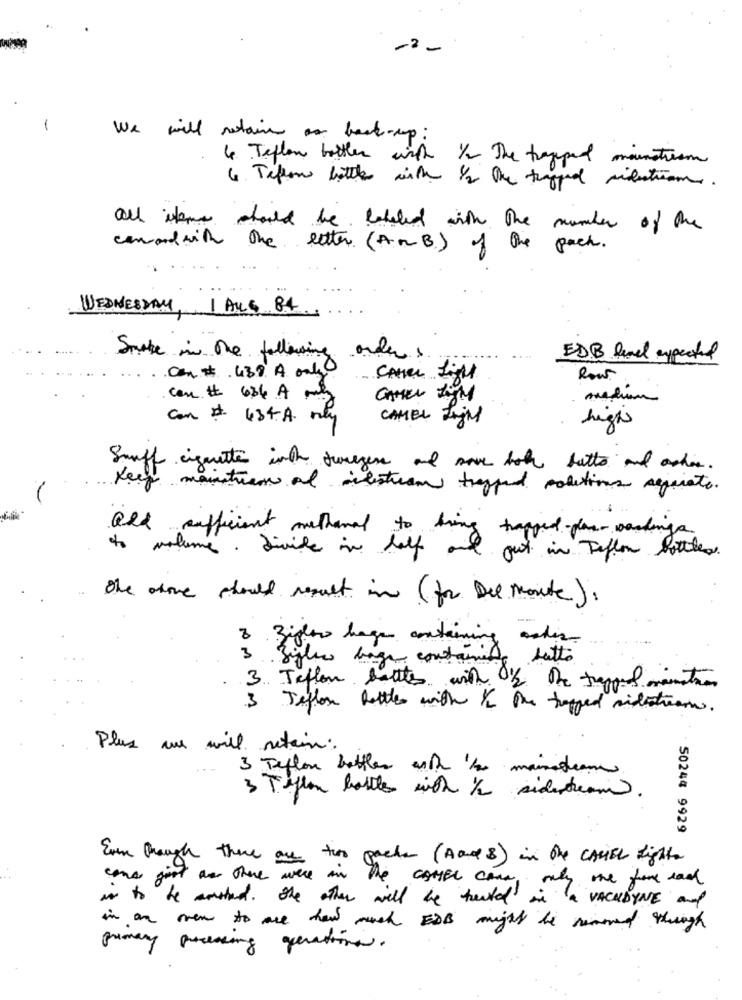
-2-
1
We will retain ar back-up:
4. Teflon brother wird 1/2 The trapped mainstream
6. Teflon bottles with 1/2 One trapped milestone.
all isten should be labeled with the number of the
canardwith the letter (A.MB) of the pack.
WEDNESDAY, 1 ALS 84
Smake in the followin
orders
ED.B had expected
Can# 439 A only
Row
can # 636 A mily
medium
Can # 434.A.
CAMEL Zijn
high
Snuff cigarette inthe sunegen and save both butto and acher.
Keep maintien of alstran trapped solutions separate.
Old sufficient melhoral to bring trapped plan waskings
to volume, divide in half and.
Just in Teflon bottles
The stone should result in (for Del monte).
Bight hage containing
3 Bisher bage containite
Letto
3. Teflon battles with 1/2 the rappel minsta
3 Teflon bottles with / the topped sidestream.
HMMM
Plus we will retain:
3 Teflon bettler asth 'to mainadeau.
3 Teflon battle with 1/2 sidenteam.
50244 9929
Even Though there are
toho packs (Aa4 8) in the CASTEL Lighte
wane just are there were in the CAMEL can only one from cadd
No to be umstand. the other will the treated in a
VACHDYNE and
in an oven to are how much EDB might be removed though
primary processing gerations.